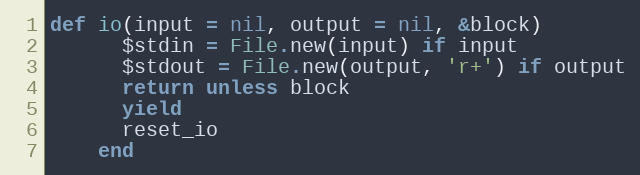
Language: Ruby
def io(input = nil, output = nil, &block)
      $stdin = File.new(input) if input
      $stdout = File.new(output, 'r+') if output
      return unless block
      yield
      reset_io
    end